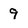
Character: 9